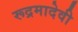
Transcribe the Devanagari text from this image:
रूद्रमादेवी